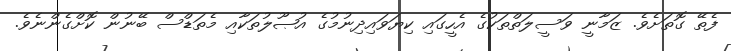
ފެތޭ ގޮތަށެވެ. ޒަމާނީ ވަސީލަތްތަކުގެ އެހީގައި ކިޔަވައިދިނުމުގެ އުޞޫލުތަކާއި މެތަޑްސް ބޭނުން ކޮށްގެންނެވެ.